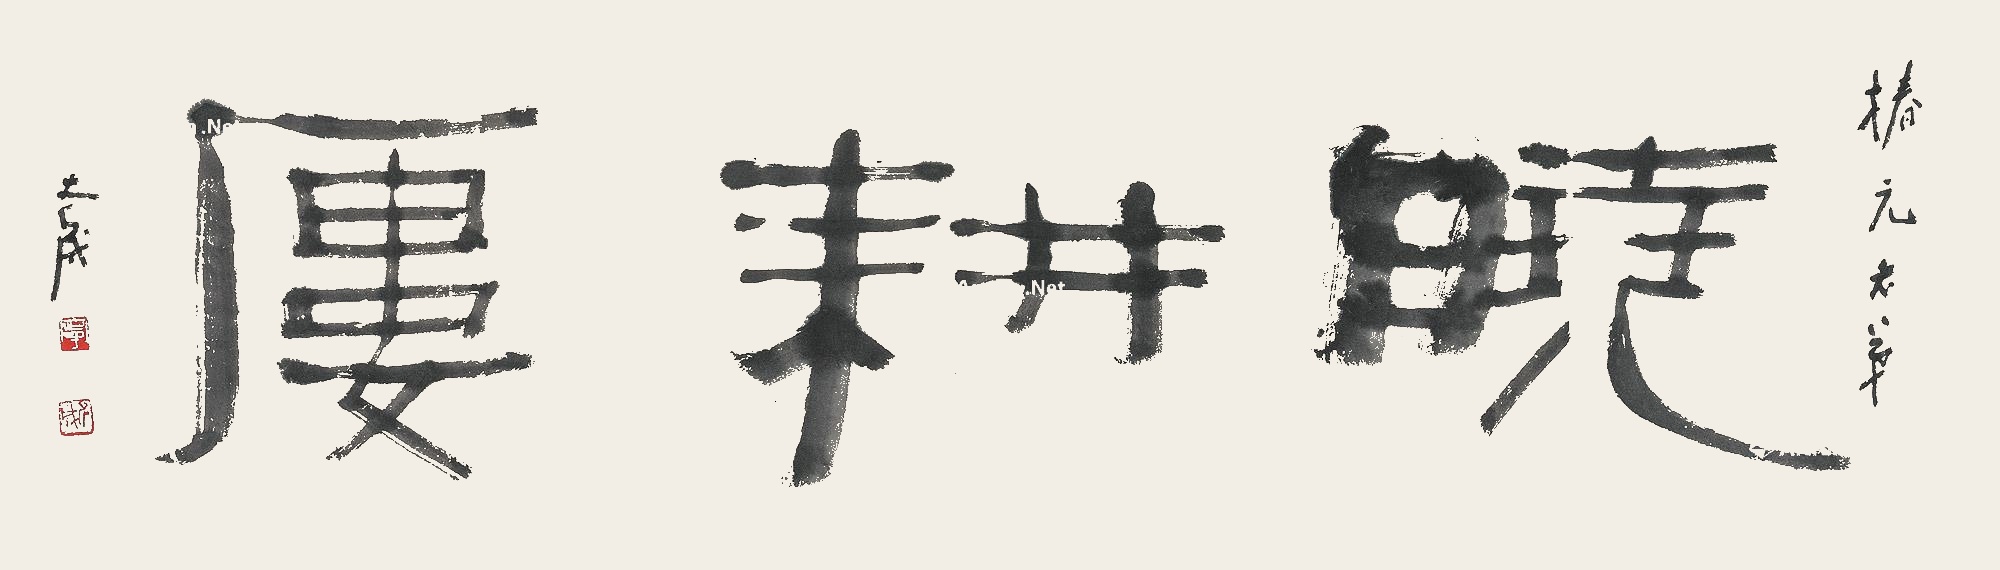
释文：晓耕楼椿元老弟。斧成。